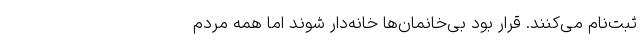
ثبت‌نام می‌کنند. قرار بود بی‌خانمان‌ها خانه‌دار شوند اما همه مردم